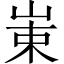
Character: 𱛩